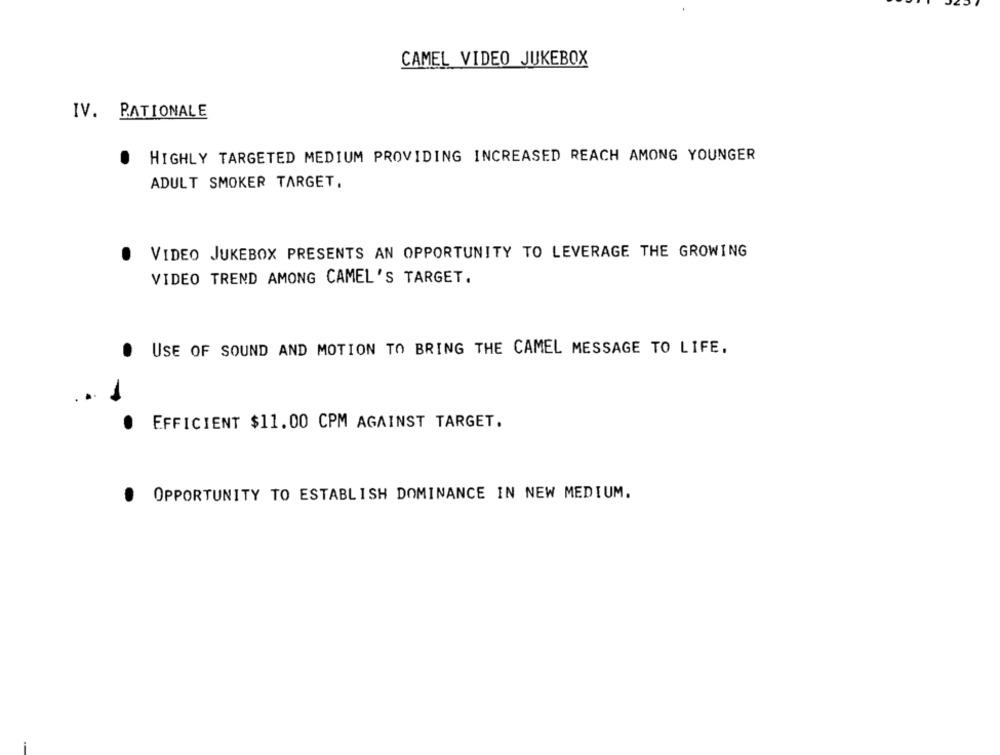
CAMEL VIDEO JUKEBOX
IV. RATIONALE
HIGHLY TARGETED MEDIUM PROVIDING INCREASED REACH AMONG YOUNGER
ADULT SMOKER TARGET,
.
VIDEO JUKEBOX PRESENTS AN OPPORTUNITY TO LEVERAGE THE GROWING
VIDEO TREND AMONG CAMEL'S TARGET.
USE OF SOUND AND MOTION TO BRING THE CAMEL MESSAGE TO LIFE.
EFFICIENT $11.00 CPM AGAINST TARGET.
OPPORTUNITY TO ESTABLISH DOMINANCE IN NEW MEDIUM.